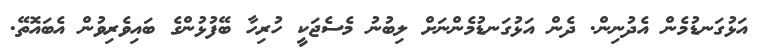
އަޅުގަނޑުމެން އެދުނިން. ދެން އަޅުގަނޑުމެންނަށް ލިބުނު މެސެޖަކީ ހުރިހާ ބޭފުޅުންގެ ބައިވެރިވުން އެބައޮތޭ.